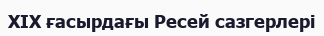
XIX ғасырдағы Ресей сазгерлері